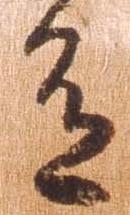
有